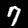
Label: 7